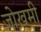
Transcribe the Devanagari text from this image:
जोखमी